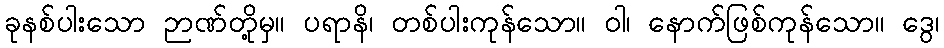
ခုနစ်ပါးသော ဉာဏ်တို့မှ။ ပရာနိ၊ တစ်ပါးကုန်သော။ ဝါ၊ နောက်ဖြစ်ကုန်သော။ ဒွေ၊